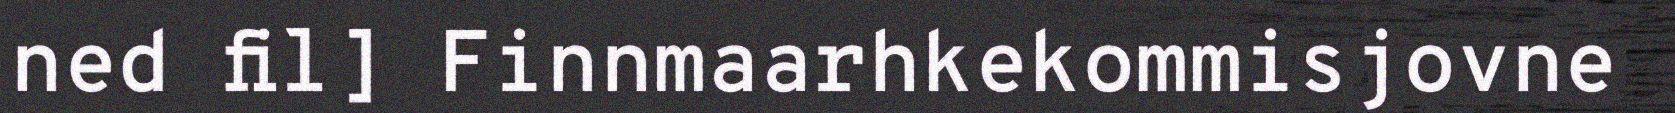
ned fil] Finnmaarhkekommisjovne